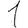
Digit: 1